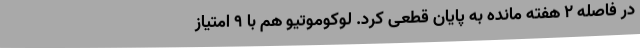
در فاصله ۲ هفته مانده به پایان قطعی کرد. لوکوموتیو هم با ۹ امتیاز